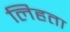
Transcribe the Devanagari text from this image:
लिहता